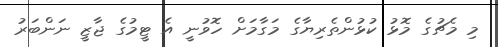
މި މެޗުގެ މޮޅު ކުޅުންތެރިޔާގެ މަގާމަށް ހޮވުނީ އެ ޓީމުގެ ޖާޒީ ނަންބަރު